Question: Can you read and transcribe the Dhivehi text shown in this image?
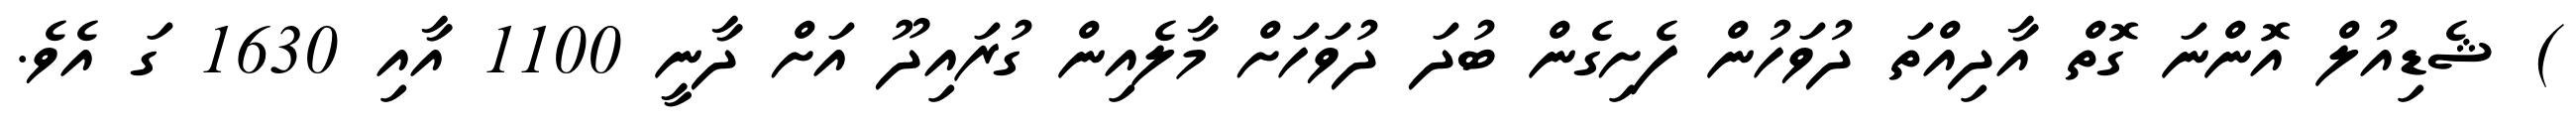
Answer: ) ޝެޑިއުލް އޮންނަ ގޮތް އާދިއްތަ ދުވަހުން ފެށިގެން ބުދަ ދުވަހަށް މާލެއިން ގުރައިދޫ އަށް ދާނީ 1100 އާއި 1630 ގަ އެވެ.